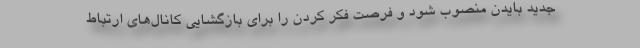
جدید بایدن منصوب شود و فرصت فکر کردن را برای بازگشایی کانال‌های ارتباط